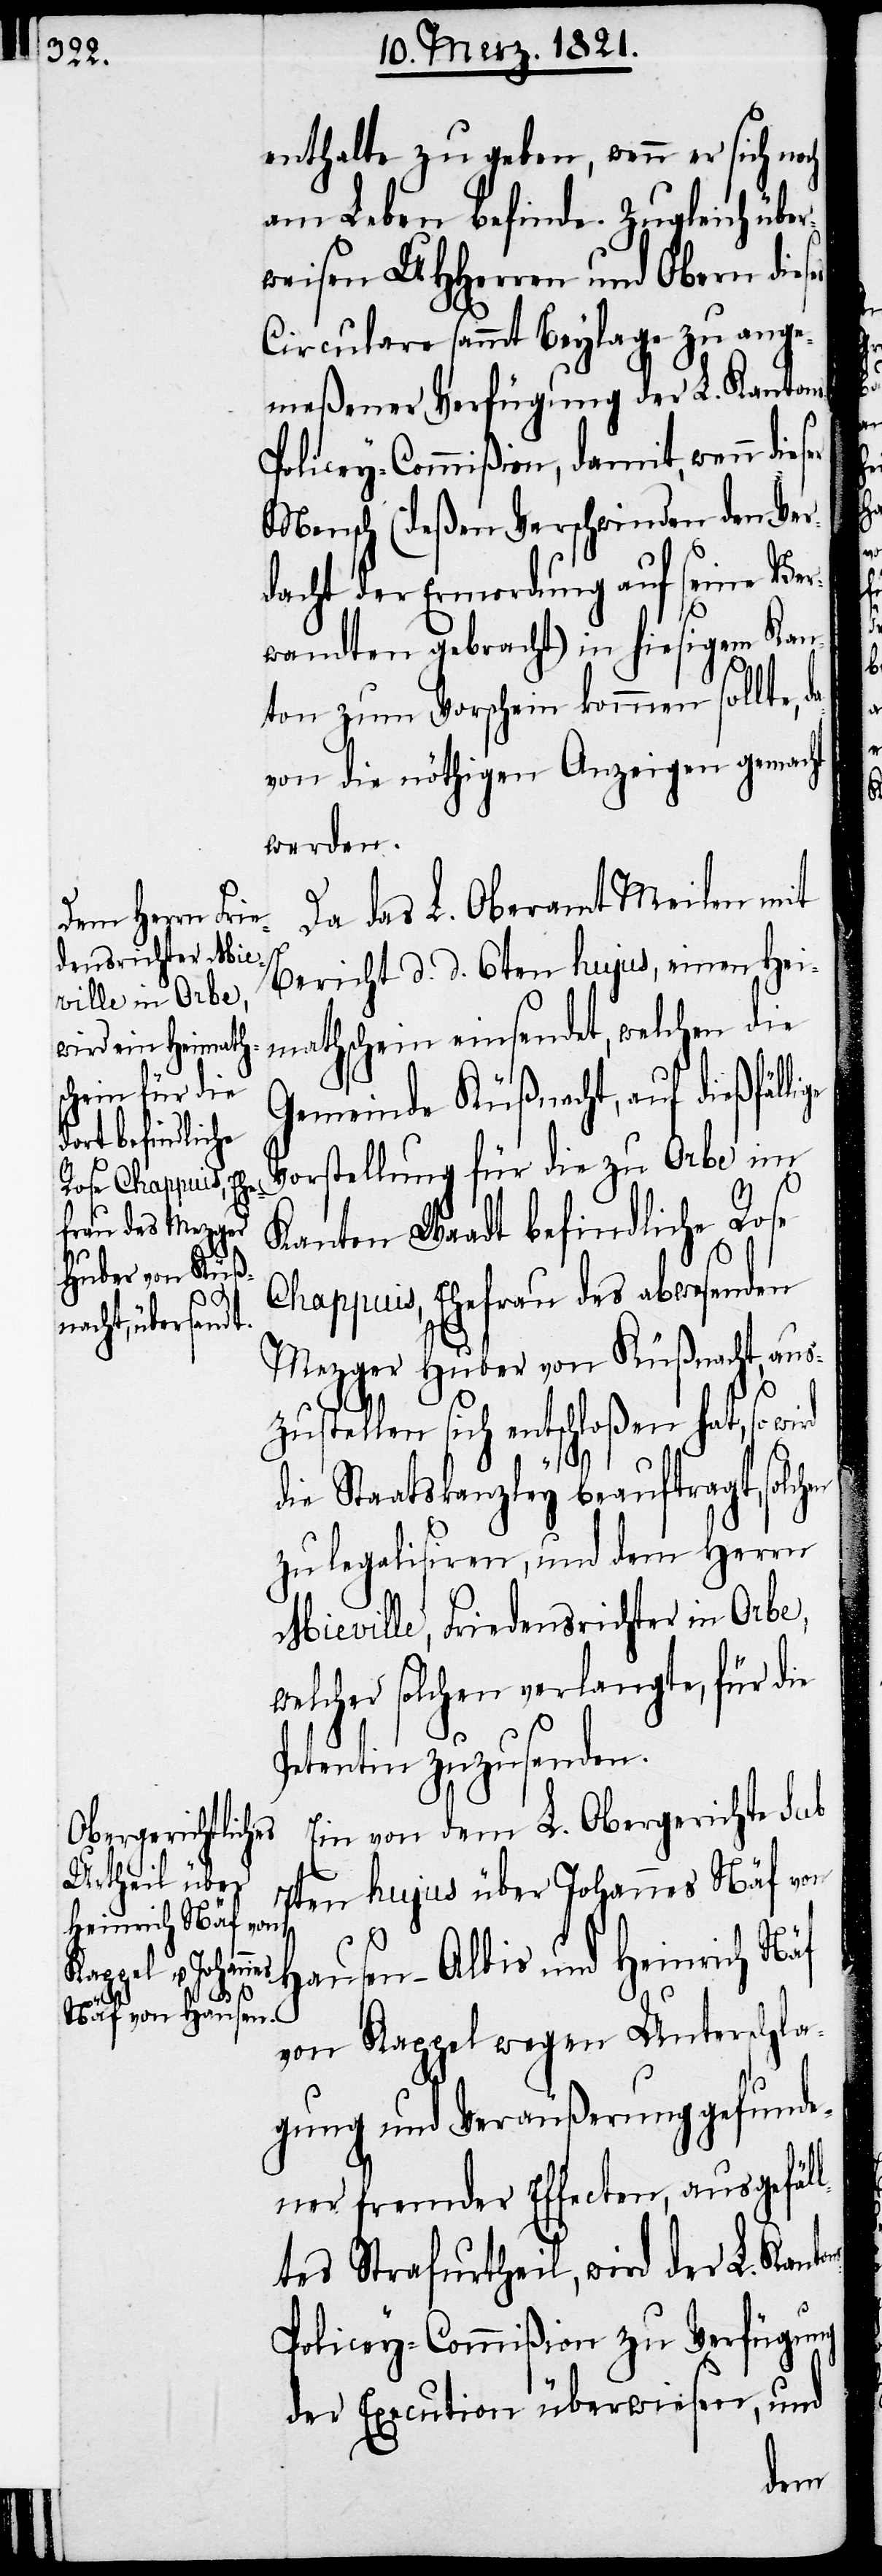
enthalte zu geben, wenn er sich noch
am Leben befinde. Zugleich über¬
weisen UHHerren und Obern dies¬
Circulare sammt Beylage zu ange¬
meßener Verfügung der L. Kanton¬
olicey-Commißion, damit, wenn die¬
Mensch (deßen Verschwinden den Ver¬
dacht der Ermordung auf seine Ver¬
ns-P¬
wandten gebracht) in hiesigem Kan¬
ton zum Vorschein kommen sollte,
von die nöthigen Anzeigen gemacht
werden.
Da das L. Oberamt Meilen mit
Bericht d. d. 6ten hujus, einen Hei¬
mathschein einsendet, welchen die
Gemeinde Küßnacht, auf dießfälli¬
Vorstellung für die zu Orbe im
Kanton Waadt befindliche Rose
Chappuis, Ehefrau des abwesenden
Mezger Huber von Küßnacht, aus¬
zustellen sich entschloßen hat, so wird
die Staatskanzley beauftragt, solc¬
zu legalisiren, und dem Herrn
Mieville, Friedensrichter in Orbe,
welcher solchen verlangte, für die
Petentin zuzusenden.
Ein von dem L. Obergericht sub
7ten hujus über Johannes Näf von
Hausen-Albis und Heinrich Näf
von Kappel wegen Unterschla¬
gung und Veräußerung gefunde¬
ner fremder Effecten, ausgefäl¬
ltes Strafurtheil, wird der L. Kanto¬
olicey-Commißion zu Verfügung
der Execution überwiesen, und
hen